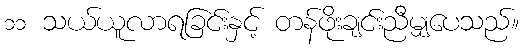
၁၁ သယ်ယူလာရခြင်းနှင့် တန်ဖိုးချင်းညီမျှပေသည်။